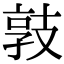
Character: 𢻓